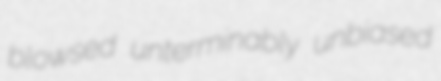
blowsed unterminably unbiased